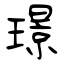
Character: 璟